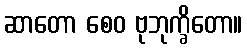
ဆာတော စေဝ ဗုဘုက္ခိတော။